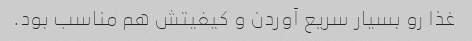
غذا رو بسیار سریع آوردن و کیفیتش هم مناسب بود.